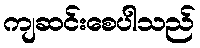
ကျဆင်းစေပါသည်